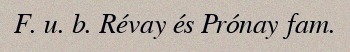
F. u. b. Révay és Prónay fam.